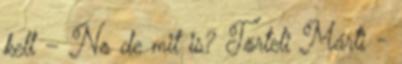
kell – No de mit is? Törteli Márti -